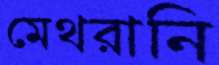
মেথরানি